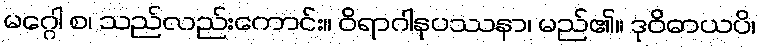
မဂ္ဂေါ စ၊ သည်လည်းကောင်း။ ဝိရာဂါနုပဿနာ၊ မည်၏။ ဒုဝိဓာယပိ၊